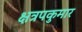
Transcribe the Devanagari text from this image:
क्षत्रपकुमार